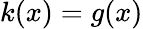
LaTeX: k(x)=g(x)